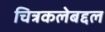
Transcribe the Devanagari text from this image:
चित्रकलेबद्दल